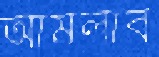
আমলাব